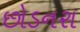
છોડનરા